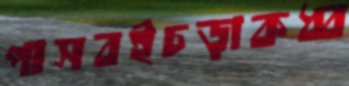
পাসবইচড়াকধ্ব